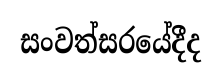
සංවත්සරයේදීද